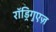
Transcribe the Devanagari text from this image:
रॉड्रिगुएज़